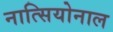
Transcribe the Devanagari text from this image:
नात्सियोनाल